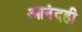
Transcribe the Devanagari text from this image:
आनंदही